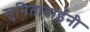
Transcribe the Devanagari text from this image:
सुनिताबाईंनी